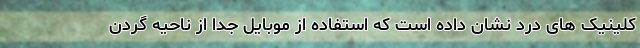
کلینیک های درد نشان داده است که استفاده از موبایل جدا از ناحیه گردن